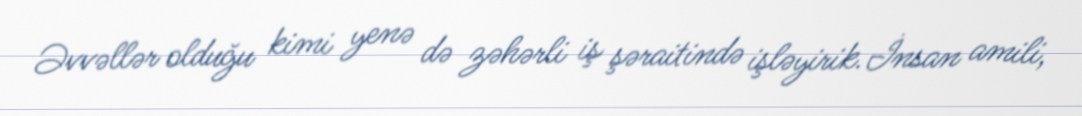
Əvvəllər olduğu kimi yenə də zəhərli iş şəraitində işləyirik.İnsan amili,